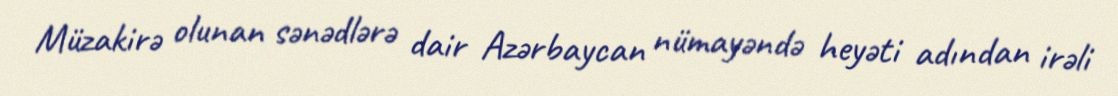
Müzakirə olunan sənədlərə dair Azərbaycan nümayəndə heyəti adından irəli